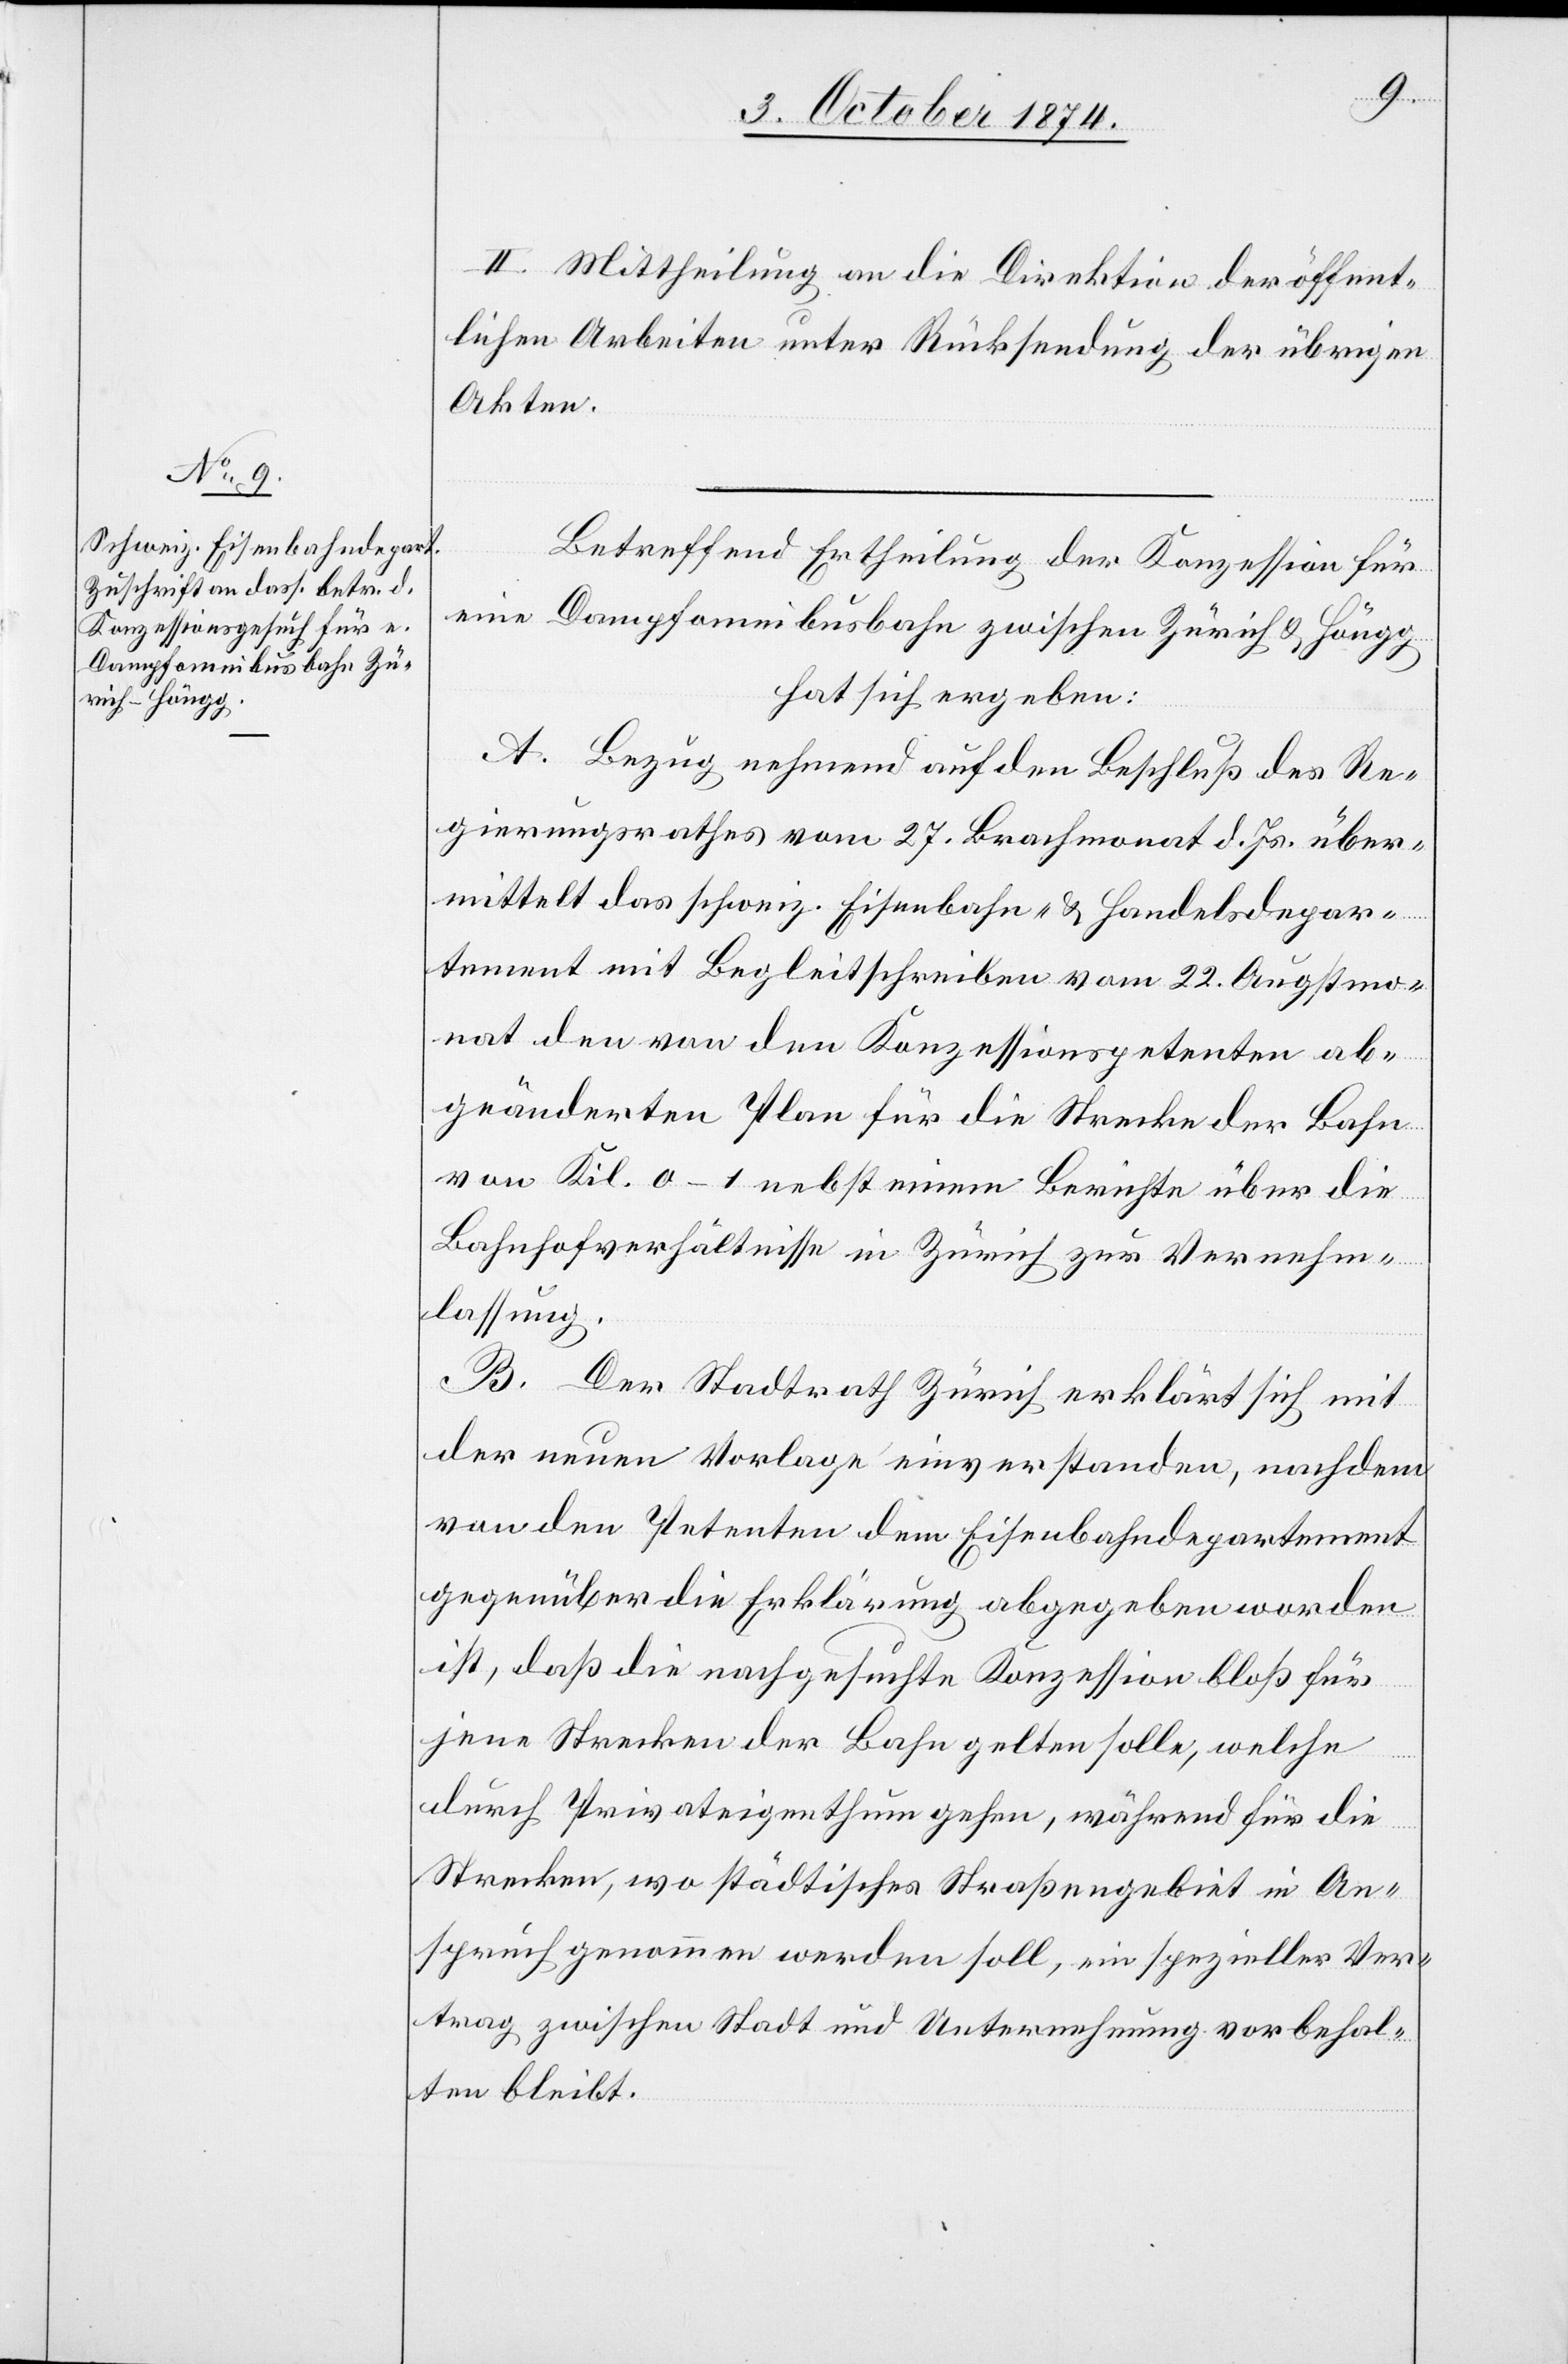
II. Mittheilung an die Direktion der öffent¬
lichen Arbeiten unter Rücksendung der übrigen
Akten.
Betreffend Ertheilung der Konzession für
eine Dampfomnibusbahn zwischen Zürich & Höngg
hat sich ergeben:
A. Bezug nehmend auf den Beschluß des Re¬
gierungsrathes vom 27. Brachmonat d. Js. über¬
mittelt das schweiz. Eisenbahn- & Handelsdepar¬
tement mit Begleitschreiben vom 22. Augustmo¬
nat den von den Konzessionspetenten ab¬
geänderten Plan für die Strecke der Bahn
von Kil. 0–1 nebst einem Berichte über die
Bahnhofverhältnisse in Zürich zur Vernehm¬
lassung.
B. Der Stadtrath Zürich erklärt sich mit
der neuen Vorlage einverstanden, nachdem
von den Petenten dem Eisenbahndepartement
gegenüber die Erklärung abgegeben worden
ist, daß die nachgesuchte Konzession bloß für
jene Strecken der Bahn gelten solle, welche
durch Privateigenthum gehen, während für die
Strecken, wo städtisches Straßengebiet in An¬
spruch genommen werden soll, ein spezieller Ver¬
trag zwischen Stadt und Unternehmung vorbehal¬
ten bleibt.